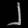
Digit: ၂